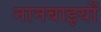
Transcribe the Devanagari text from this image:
नानबाइयों